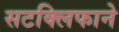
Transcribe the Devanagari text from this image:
सटक्लिफाने